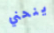
ينحني